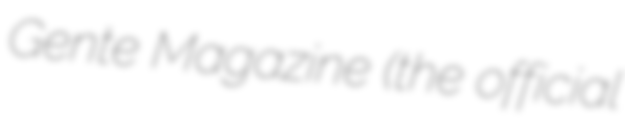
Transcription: Gente Magazine (the official